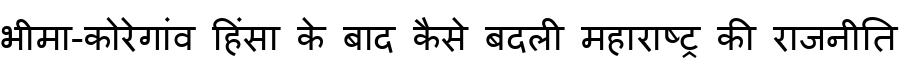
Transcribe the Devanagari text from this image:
भीमा-कोरेगांव हिंसा के बाद कैसे बदली महाराष्ट्र की राजनीति